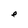
Character: e